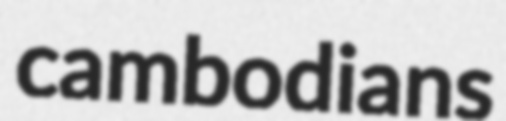
cambodians